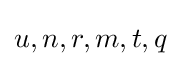
u,n,r,m,t,q